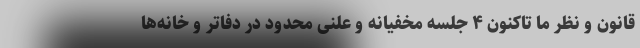
قانون و نظر ما تاکنون ۴ جلسه مخفیانه و علنی محدود در دفاتر و خانه‌ها